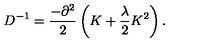
D ^ { - 1 } = \frac { - \partial ^ { 2 } } { 2 } \left( K + \frac { \lambda } { 2 } K ^ { 2 } \right) .